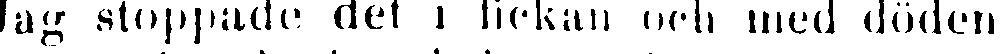
Jag stoppade det i fickan och med döden